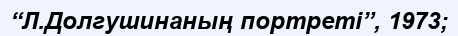
“Л.Долгушинаның портреті”, 1973;